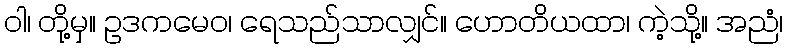
ဝါ၊ တို့မှ။ ဥဒကမေဝ၊ ရေသည်သာလျှင်။ ဟောတိယထာ၊ ကဲ့သို့။ အညံ၊